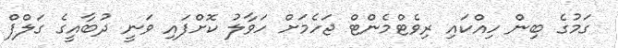
ގަމުގެ ބިން ހިއްކައި ރިވެޓްމެންޓް ޖަހެމަށް ހަވާލު ކޮށްފައި ވަނީ ދުބާއީގެ ގަލްފް